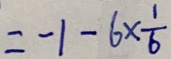
= - 1 - 6 \times \frac { 1 } { 6 }